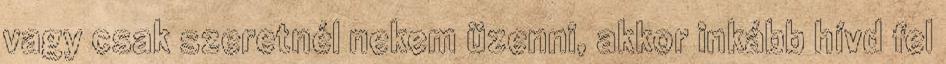
vagy csak szeretnél nekem üzenni, akkor inkább hívd fel